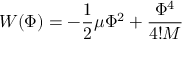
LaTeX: W ( \Phi ) = - { \frac { 1 } { 2 } } \mu \Phi ^ { 2 } + { \frac { \Phi ^ { 4 } } { 4 ! M } }